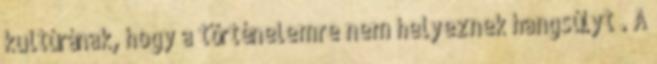
kultúrának, hogy a történelemre nem helyeznek hangsúlyt . A